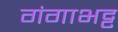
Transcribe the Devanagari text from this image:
गंगाभट्ट